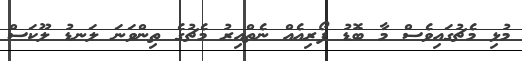
މުޅި މެޗުގައިވެސް މާ ބޮޑު ފޯރިއެއް ނެތްއިރު މެޗުގެ ތިންވަނަ ލަނޑު ލޫކަސް